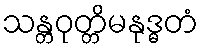
သန္တဝုတ္တိမနုဒ္ဓတံ